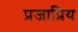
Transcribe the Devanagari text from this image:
प्रजाप्रिय